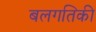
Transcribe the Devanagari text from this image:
बलगतिकी